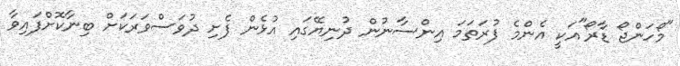
"މޯހަންޖޯ ޑާރޯ"އަކީ އެންމެ ފުރަތަމަ އިންސާނުން ދުނިޔޭގައި އުޅެން ފެށި ދުވަސްވަރަކަށް ބިނާކޮށްފައިވާ